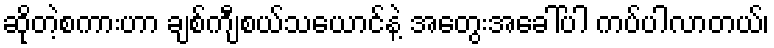
ဆိုတဲ့စကားဟာ ချစ်ကျီစယ်သယောင်နဲ့ အတွေးအခေါ်ပါ ကပ်ပါလာတယ်၊